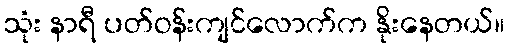
သုံး နာရီ ပတ်ဝန်းကျင်လောက်က နိုးနေတယ်။